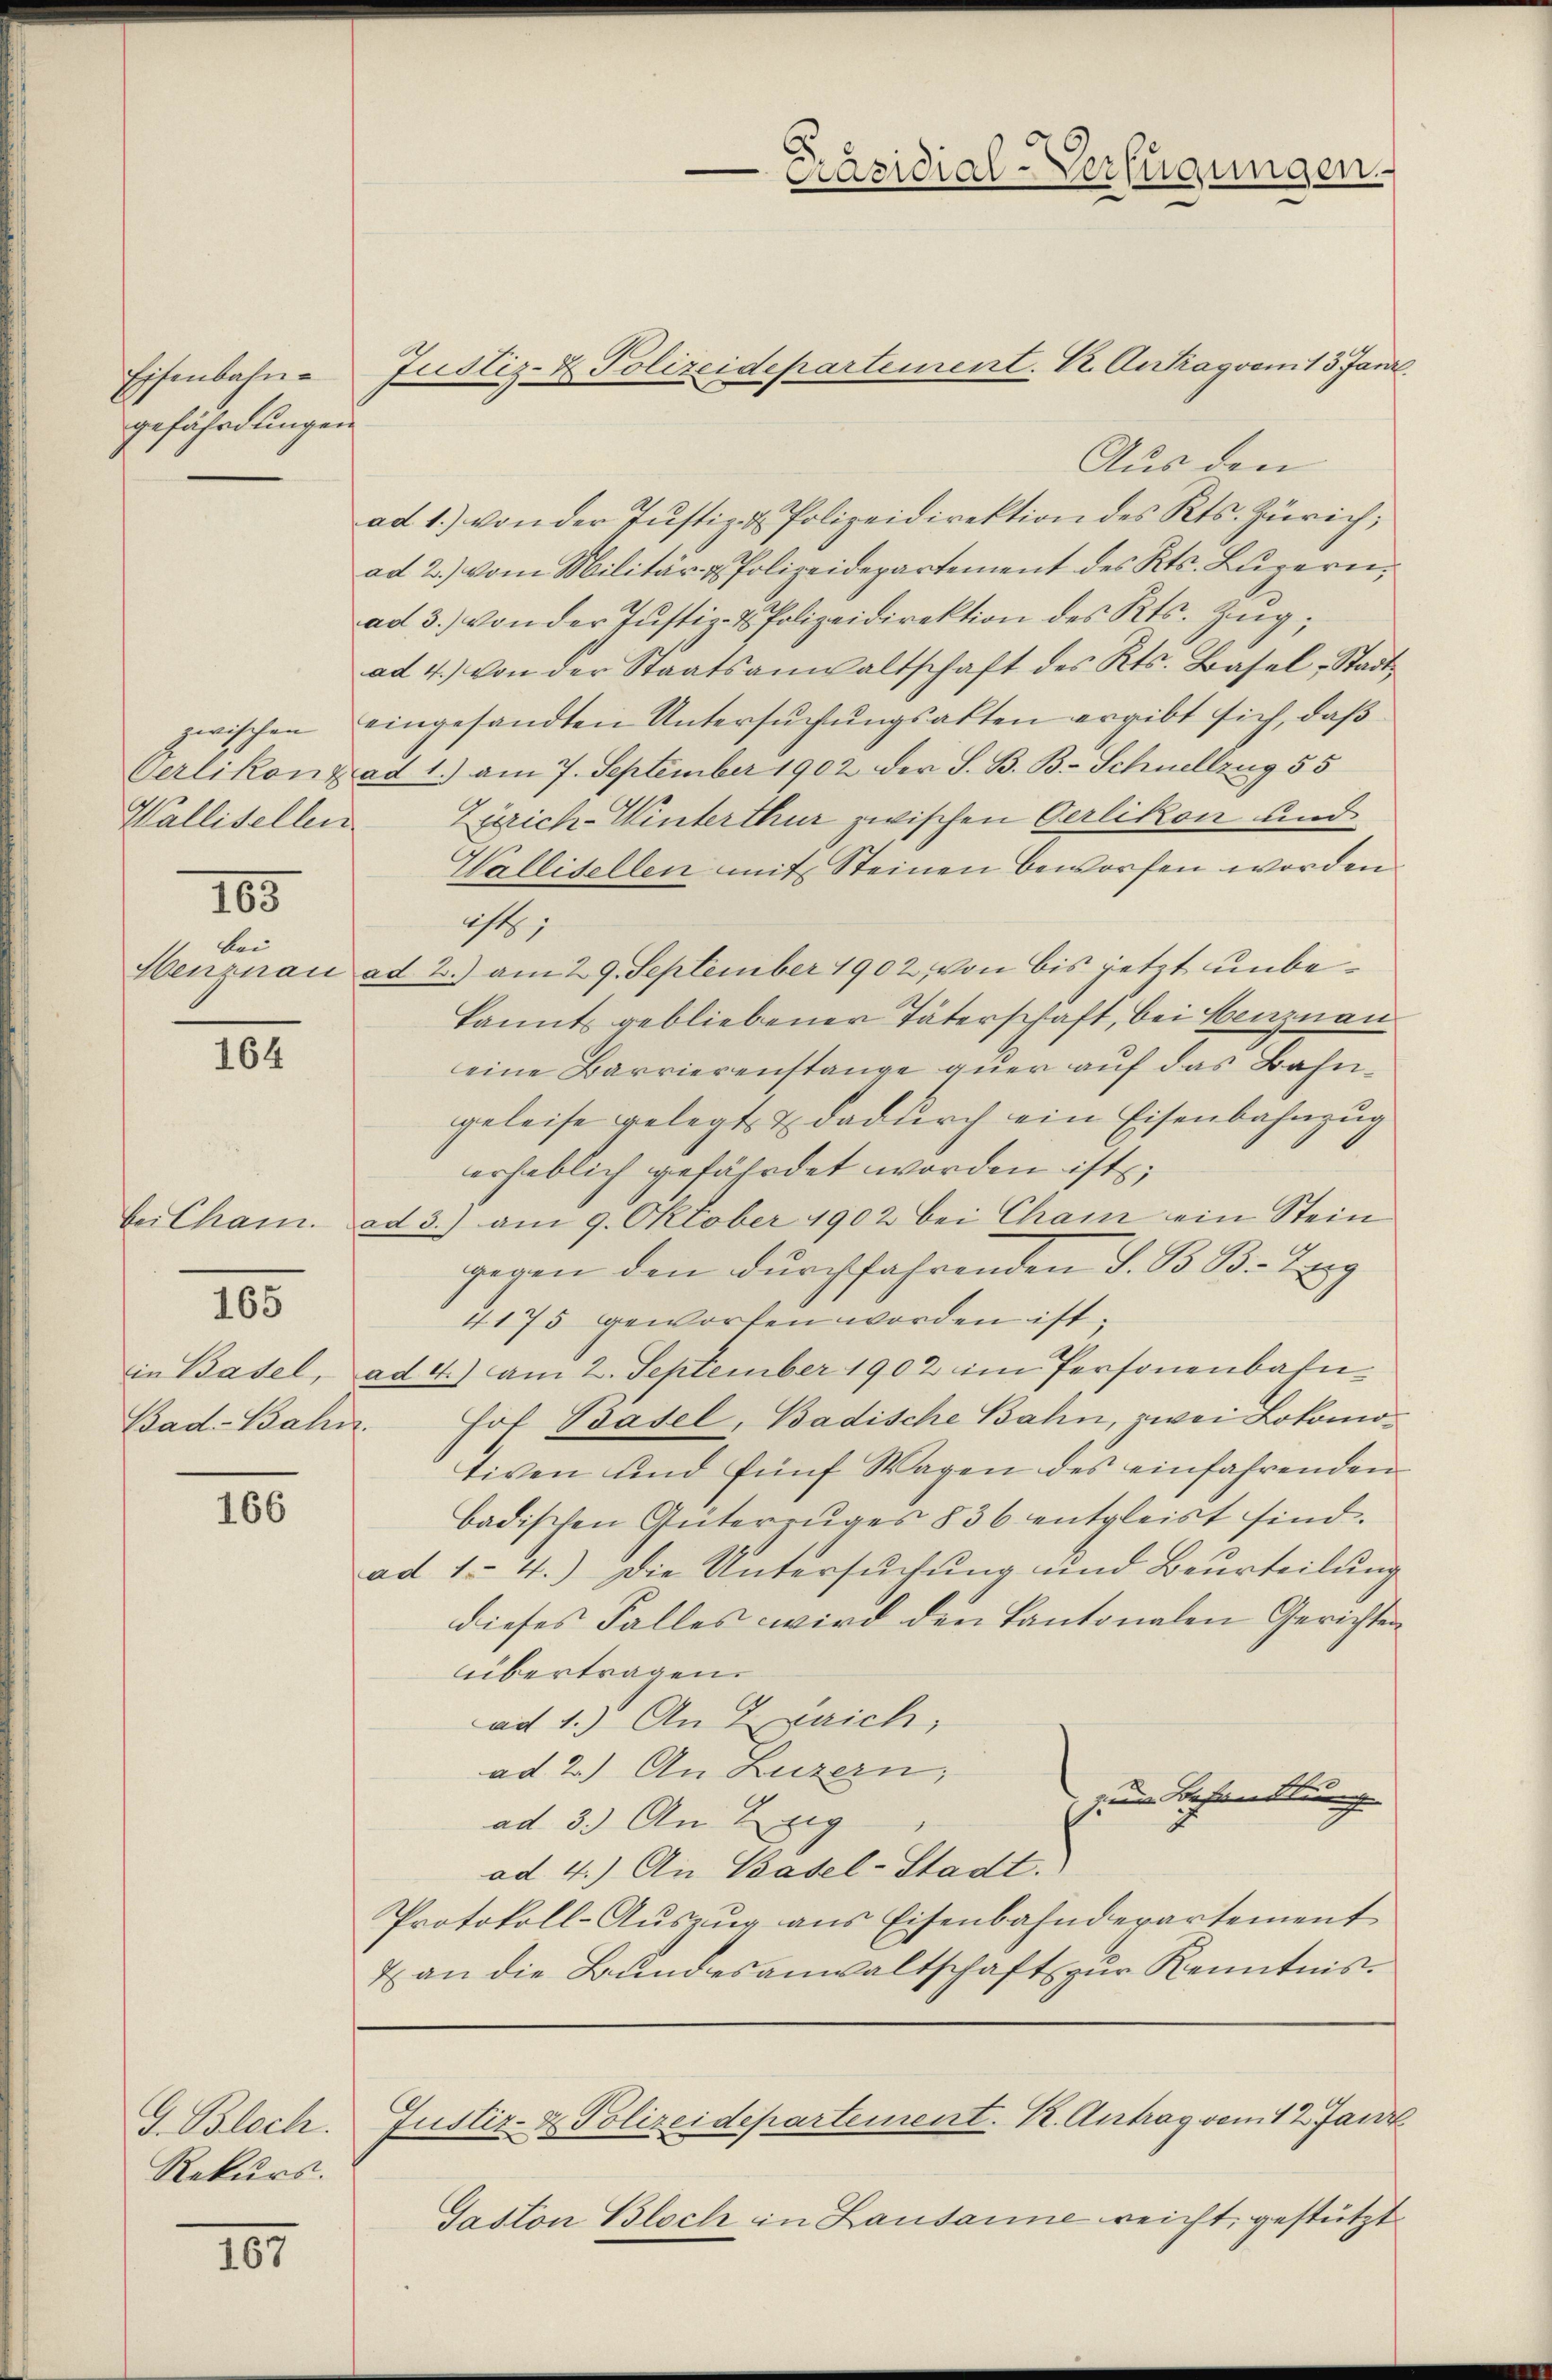
Präsidial-Verfügungen.

Justiz- & Polizeidepartement. K. Antrag vom 13 Janr.
Aus den
ad 1.) von der Justiz- & Polizeidirektion des Kts. Zürich,
ad 2.) vom Militär- & Polizeidepartement des Kts. Luzern,
ad 3.) von der Justiz- & Polizeidirektion des Kts. Zŭg,
ad 4.) von der Staatsanwaltschaft des Kts. Basel-Stadt
eingesandten Untersuchungsakten ergibt sich, daß
Verlikon ad 1.) am 7. September 1902 der S. B. B. Schnellzug 55
Zürich-Winterthur zwischen Oerlikon und
Wallisellen mit Steinen beworfen worden
ist
Henznau ad 2.) am 29. September 1902, von bis jetzt unbekannt gebliebener Täterschaft, bei Benznau
eine Barrierenstange quer auf das Bahngeleise gelegt & dadurch ein Eisenbahnzug
erheblich gefährdet worden ist;
be Cham. ad 3.) am 9. Oktober 1902 bei Cham ein Stein
gegen den durchfahrenden S. B. B. Erg
4175 geworfen worden ist,
in Basel, ad 4.) am 2. September 1902 im Personenbahn¬
Hof Basel, Badische Bahn, zwei Lokomotiven und fünf Wagen des einfahrenden
badischen Güterzuges § 36 entgleist sind.
ad 1.- 4.) Die Untersŭchŭng und Beurteilŭng
dieses Falles wird den Kantonalen Gerichten
übertragen.
ad 1.) An Zürich,
ad 2.) An Luzern;
zum Behandlung
ad 3.) An Zug
ad 4.) An Basel-Stadt.
Protokoll-Auszug aus Eisenbahnderartement
2 an die Bundesanwaltschaft zur Kenntnis¬
Justiz- & Polizeidepartement. K. Antrag vom 12. Janz
Gaston Bloch in Lausanne reicht gestützt

Eisenbahne
gefährdungen.

zwischen
Wallisellen

105

bei

164

165

Bad-Bahn.

166

G. Bloch.
Rekurs.

187